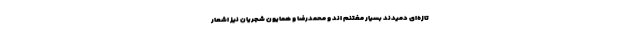
تازه‌ای دمیدند بسیار مغتنم اند و محمدرضا و همایون شجریان نیز اشعار